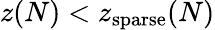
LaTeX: z(N)<z_{\mathrm{sparse}}(N)